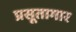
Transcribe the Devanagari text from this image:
प्रसूतागार